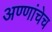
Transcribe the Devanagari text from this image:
अण्णांचेच